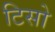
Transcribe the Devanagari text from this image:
टिसो